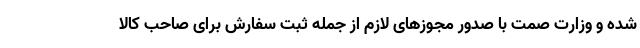
شده و وزارت صمت با صدور مجوزهای لازم از جمله ثبت سفارش برای صاحب کالا